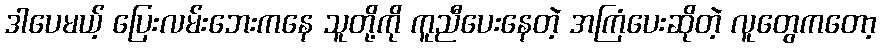
ဒါပေမယ့် ပြေးလမ်းဘေးကနေ သူတို့ကို ကူညီပေးနေတဲ့ အကြံပေးဆိုတဲ့ လူတွေကတော့